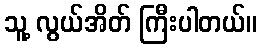
သူ့ လွယ်အိတ် ကြီးပါတယ်။